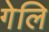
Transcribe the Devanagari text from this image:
गेलि